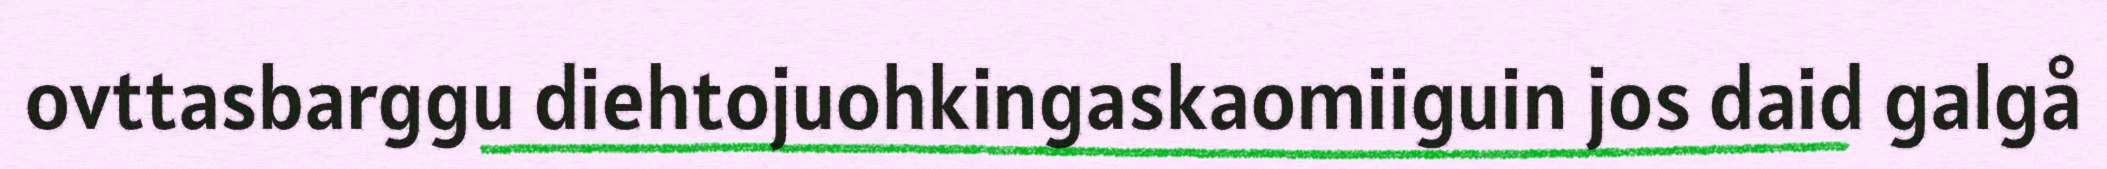
ovttasbarggu diehtojuohkingaskaomiiguin jos daid galgå